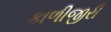
કાળીજીરી